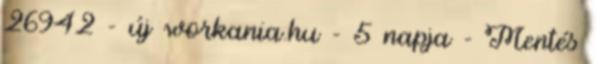
26942 - új workania.hu - 5 napja - Mentés